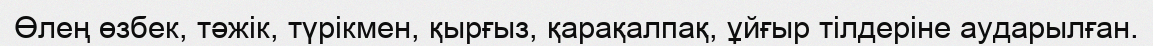
Өлең өзбек, тәжік, түрікмен, қырғыз, қарақалпақ, ұйғыр тілдеріне аударылған.